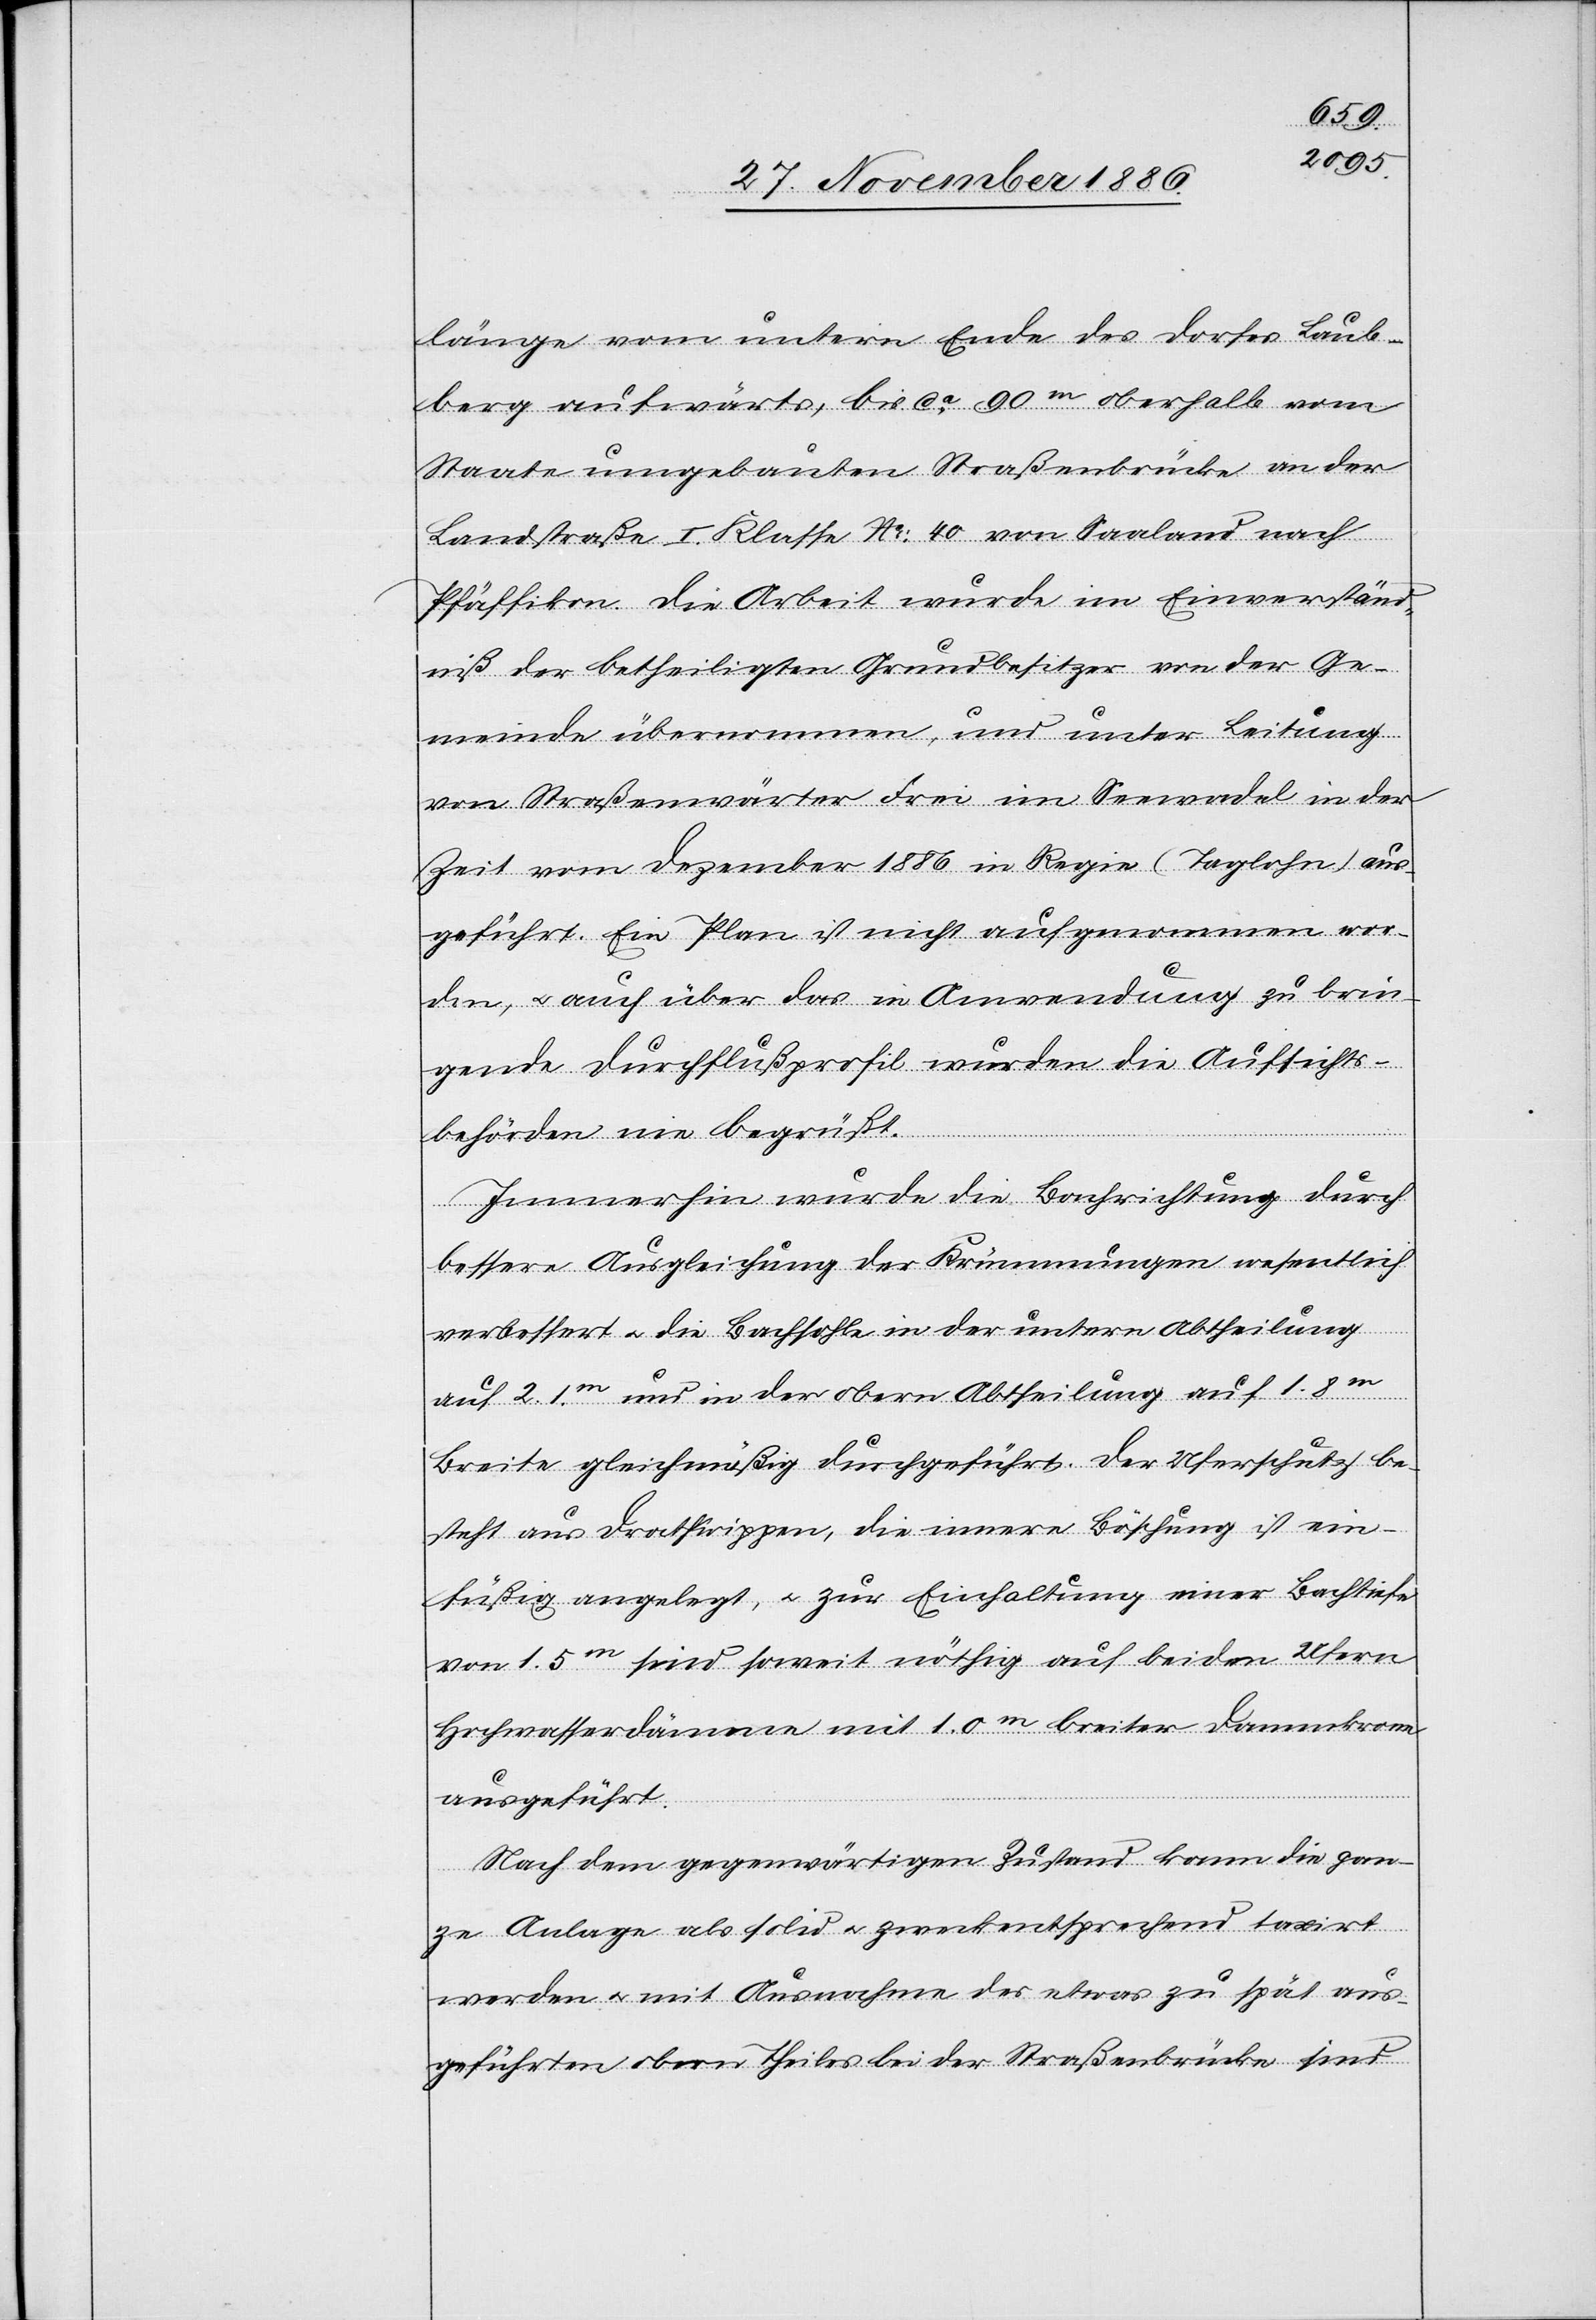
länge vom untern Ende des Dorfes Laub¬
berg aufwärts, bis ca 90m oberhalb [der] vom
Staate umgebauten Straßenbrücke an der
Landstraße I. Klasse No 40 von Saaland nach
Pfäffikon. Die Arbeit wurde im Einverständ¬
niß der betheiligten Grundbesitzer von der Ge¬
meinde übernommen, und unter Leitung
von Straßenwärter Frei im Seewadel in der
Zeit vom Dezember 1886 in Regie (Taglohn) aus¬
geführt. Ein Plan ist nicht aufgenommen wor¬
den, & auch über das in Anwendung zu brin¬
gende Durchflußprofil wurden die Aufsichts¬
behörden nie begrüßt.
Immerhin wurde die Bachrichtung durch
bessere Ausgleichung der Krümmungen wesentlich
verbessert & die Bachsohle in der untern Abtheilung
auf 2.1m und in der obern Abtheilung auf 1.8m
Breite gleichmäßig durchgeführt. Der Uferschutz be¬
steht aus Drathwippen, die innere Böschung ist ein¬
füßig angelegt, & zur Einhaltung einer Bachtiefe
von 1.5m sind soweit nöthig auf beiden Ufern
Hochwasserdämme mit 1.0m breiter Dammkrone
ausgeführt.
Nach dem gegenwärtigen Zustand kann die gan¬
ze Anlage als solid & zweckentsprechend taxirt
werden & mit Ausnahme des etwas zu spät aus¬
geführten obern Theiles bei der Straßenbrücke sind